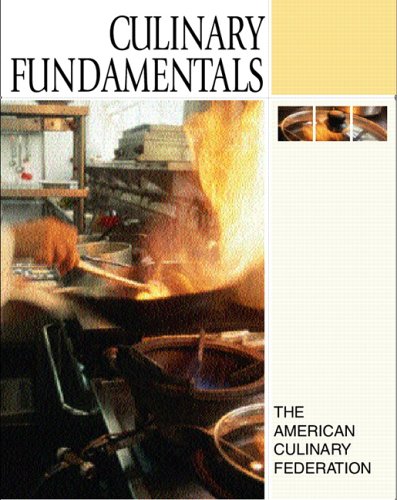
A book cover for Culinary Fundamentals; The American Culinary Federation; Cookbooks, Food & Wine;